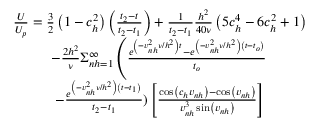
\begin{array} { c } { { \frac { U } { U _ { p } } = \frac { 3 } { 2 } \left( 1 - c _ { h } ^ { 2 } \right) \left( \frac { t _ { 2 } - t } { t _ { 2 } - t _ { 1 } } \right) + \frac { 1 } { t _ { 2 } - t _ { 1 } } \frac { h ^ { 2 } } { 4 0 \nu } \left( 5 c _ { h } ^ { 4 } - 6 c _ { h } ^ { 2 } + 1 \right) } } \\ { { - \frac { 2 h ^ { 2 } } { \nu } \Sigma _ { n h = 1 } ^ { \infty } \left( \frac { e ^ { \left( - v _ { n h } ^ { 2 } \nu / h ^ { 2 } \right) t } - e ^ { \left( - v _ { n h } ^ { 2 } \nu / h ^ { 2 } \right) \left( t - t _ { o } \right) } } { t _ { o } } \right. } } \\ { { - \frac { e ^ { \left( - v _ { n h } ^ { 2 } \nu / h ^ { 2 } \right) \left( t - t _ { 1 } \right) } } { t _ { 2 } - t _ { 1 } } ) \left[ \frac { \cos \left( c _ { h } v _ { n h } \right) - \cos \left( v _ { n h } \right) } { v _ { n h } ^ { 3 } \sin \left( v _ { n h } \right) } \right] } } \end{array}